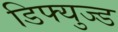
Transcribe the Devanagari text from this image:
डिफ्युज्ड